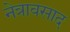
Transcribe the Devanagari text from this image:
नेत्रावसाद